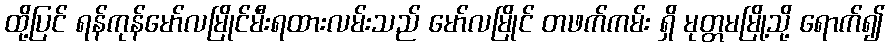
ထို့ပြင် ရန်ကုန်မော်လမြိုင်မီးရထားလမ်းသည် မော်လမြိုင် တဖက်ကမ်း ရှိ မုတ္တမမြို့သို့ ရောက်၍